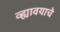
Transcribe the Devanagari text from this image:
व्ह्यावयाचे